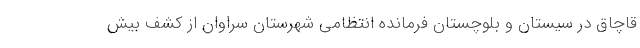
قاچاق در سیستان و بلوچستان فرمانده انتظامی شهرستان سراوان از کشف بیش